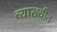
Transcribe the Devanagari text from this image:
व्याख्यीत